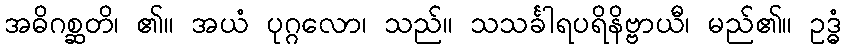
အဓိဂစ္ဆတိ၊ ၏။ အယံ ပုဂ္ဂလော၊ သည်။ သသင်္ခါရပရိနိဗ္ဗာယီ၊ မည်၏။ ဥဒ္ဓံ